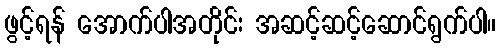
ဖွင့်ရန် အောက်ပါအတိုင်း အဆင့်ဆင့်ဆောင်ရွက်ပါ။